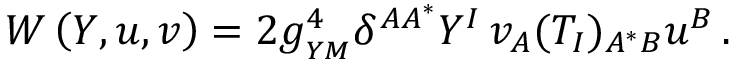
W \left( Y , u , v \right) = 2 g _ { _ { Y M } } ^ { 4 } \delta ^ { A A ^ { * } } Y ^ { I } \, v _ { A } ( T _ { I } ) _ { A ^ { * } B } u ^ { B } \, .